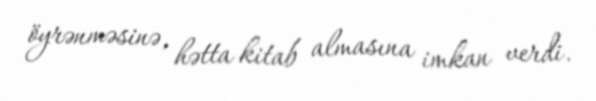
öyrənməsinə, hətta kitab almasına imkan verdi.